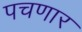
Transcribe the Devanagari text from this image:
पचणार